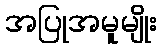
အပြုအမူမျိုး